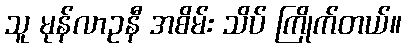
သူ မုန်လာဥနီ အစိမ်း သိပ် ကြိုက်တယ်။